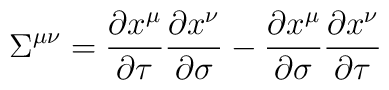
{\Sigma}^{\mu\nu} = \frac{\partial x^{\mu}}{\partial \tau}\frac{\partial x^{\nu}}{\partial \sigma} - \frac{\partial x^{\mu}}{\partial\sigma}\frac{\partial x^{\nu}}{\partial \tau}